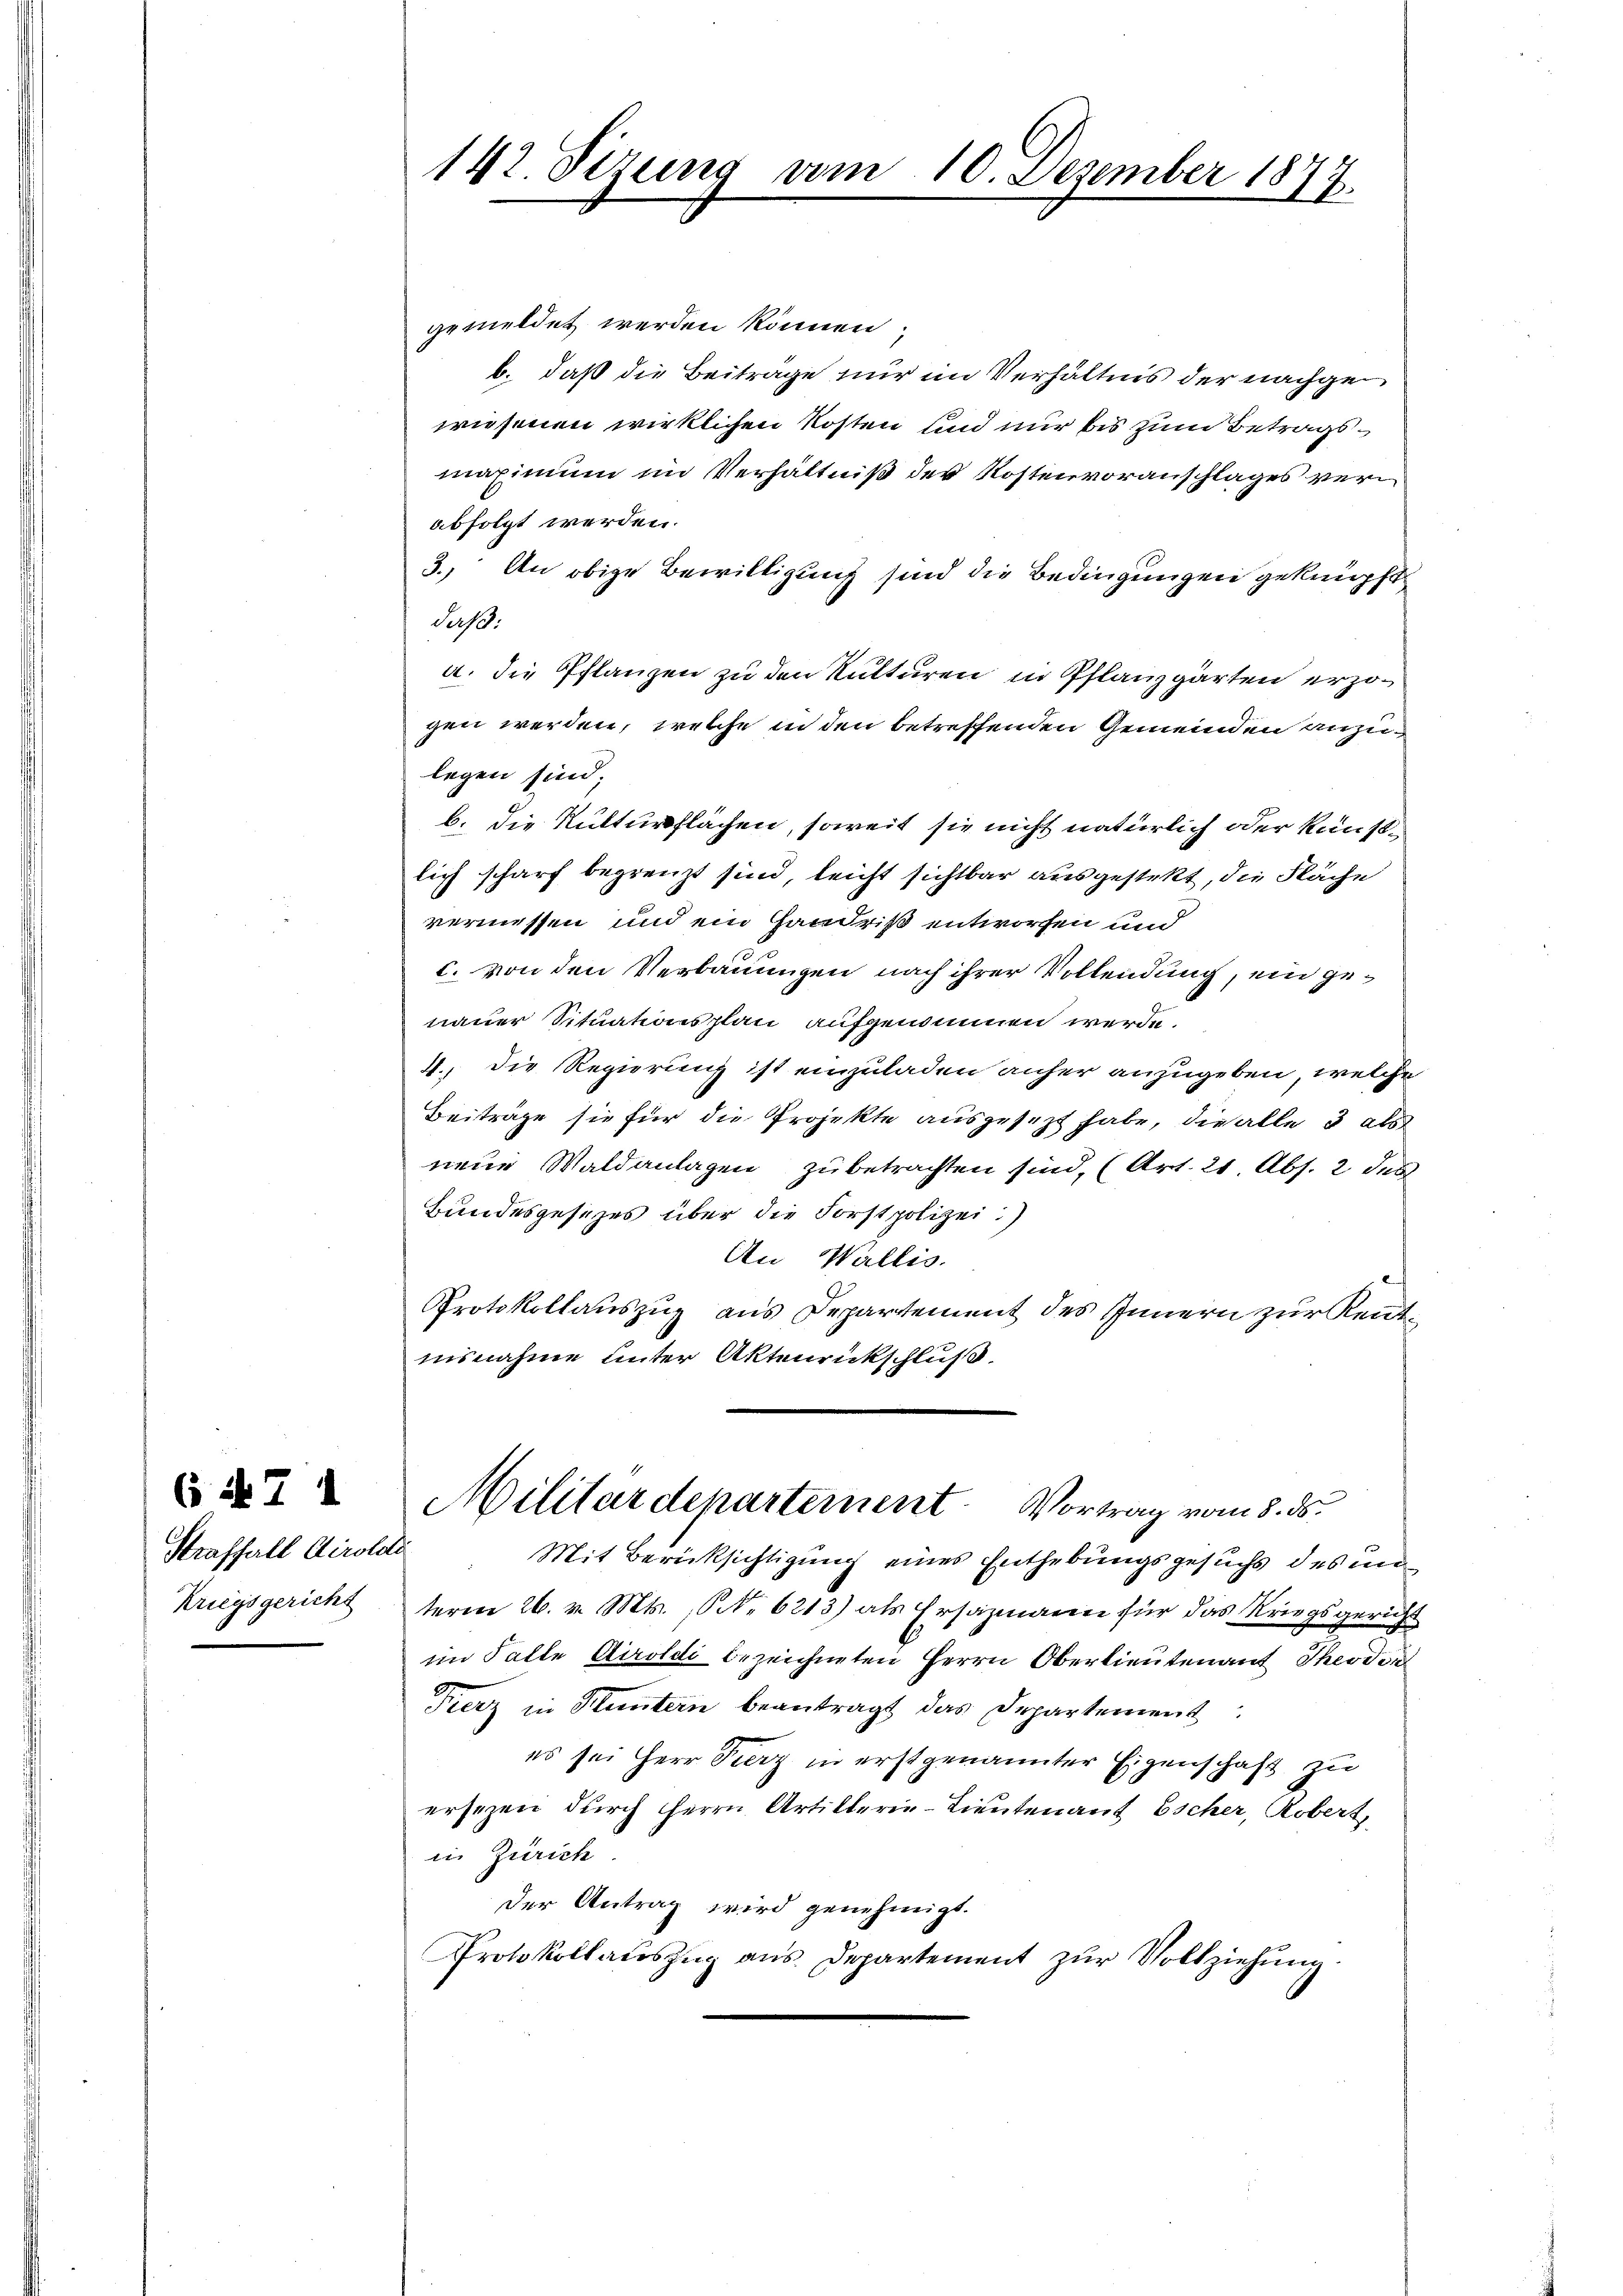
(if. 7 1

Straffall Airolde
Kriegsgericht

142. Sezung vom 10. Dezember 1877.

gemeldet werden können
b. daß die Beitrage nur im Verhältnis der nachgewiesenen wirklichen Kosten und nur bis zum Betragsmaximum im Verhältniß der Kostenvoranschlages verabfolgt werden.
3.) An obige Bewilligung sind die Bedingungen geknüpft
Sache.
a. die Pflanzen zu den Kulturen in Pflanzgärten erzogen werden, welche in den betreffenden Gemeinden anzulegen sind;
b. die Rutturflächen, soweit sie nicht natürlich oder Künstlich scharf begrenzt sind, leicht sichtbar ausgestekt, die Fläche
vermessen und ein Handriß entworfen und
c. von den Verbauungen nach ihrer Vollendung, ein genauer Situationsplan aufgenommen werde.
4.) Die Regierung ist einzuladen anher anzugeben, welche
Beiträge sie für die Projekte ausgesezt habe, die alle 3 als
neue Waldanlagen zu betrachten sind, (Art. 21. Abs. 2 des
Bundesgesetzes über die Forstpolizei:)
An Wallis.
Protokollauszug aus Departement des Innern zur Reutisnahme unter Aktenrückschluß.
Militärdepartement. Vortrag vom 8. ds.
Mit Berücksichtigung eines Enthebungsgesuchs des m
term 26. v. Mts., S. 6213) als Ersazmann für das Kriegsgericht
im Falle Airoldi bezeichneten Herrn Oberlieutenant Theodor
Fierz Sutern beantragt das Departement
es sei Herr Fierz in erstgenannter Eigenschaft zu
ersezen durch Herrn Artillerie-Lieutenauf Escher, Robert,
in Zürich
Der Antrag wird genehmigt.
Protokollaŭszŭg ans Departement zŭr Vollziehung.